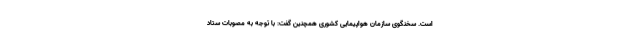
است. سخنگوی سازمان هواپیمایی کشوری همچنین گفت: با توجه به مصوبات ستاد